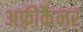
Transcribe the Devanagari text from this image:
अफ़्रीकैनर